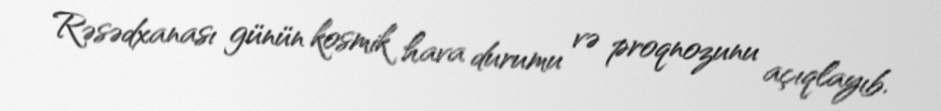
Rəsədxanası günün kosmik hava durumu və proqnozunu açıqlayıb.